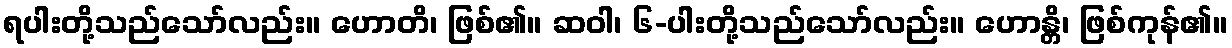
ရပါးတို့သည်သော်လည်း။ ဟောတိ၊ ဖြစ်၏။ ဆဝါ၊ ၆-ပါးတို့သည်သော်လည်း။ ဟောန္တိ၊ ဖြစ်ကုန်၏။